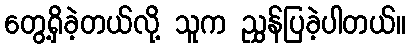
တွေ့ရှိခဲ့တယ်လို့ သူက ညွှန်ပြခဲ့ပါတယ်။